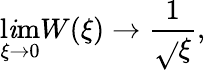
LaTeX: \operatorname*{l\mathit{i}m}_{\xi\rightarrow0}W(\xi)\rightarrow\frac{{1}}{{\sqrt{}{{\xi}}}},